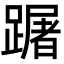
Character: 䠧